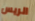
الريس